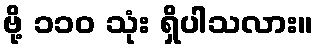
ဗို့ ၁၁၀ သုံး ရှိပါသလား။